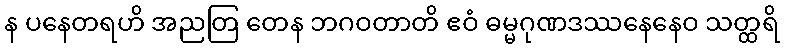
န ပနေတရဟိ အညတြ တေန ဘဂဝတာတိ ဧဝံ ဓမ္မဂုဏဒဿနေနေဝ သတ္ထရိ